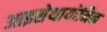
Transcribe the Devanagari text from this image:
आइसेथायोनिक